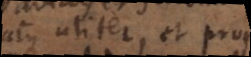
atque aliter, et propius